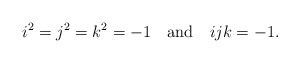
\begin{align*}i^2 = j^2 = k^2 = -1\quad {\rm and}\quad ijk = -1.\end{align*}